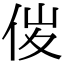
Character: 𠈦